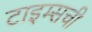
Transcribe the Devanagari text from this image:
टाइम्सची